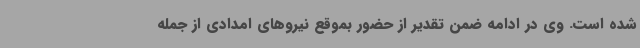
شده است. وی در ادامه ضمن تقدیر از حضور بموقع نیروهای امدادی از جمله